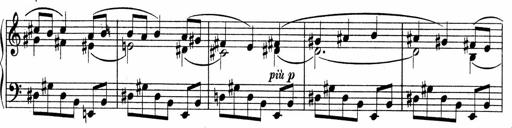
Title: Sonatina No.4
Composer: Abram Kimmell
Key: E minor